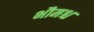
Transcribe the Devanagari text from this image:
भौमश्च